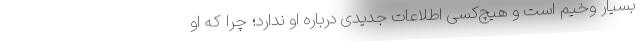
بسیار وخیم است و هیچ‌کسی اطلاعات جدیدی درباره او ندارد؛ چرا که او